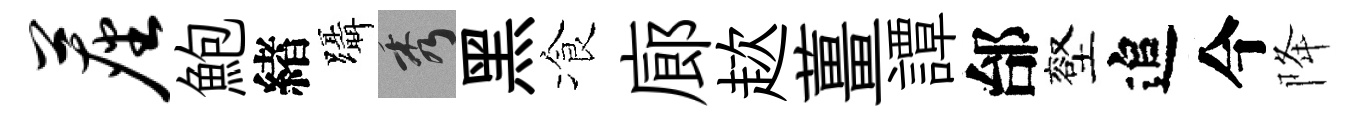
尘鮑緖躡秀黑飡廊趑薑譚邰壑追今降